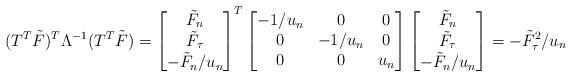
LaTeX: \begin{align*}(T^T \tilde F)^T \Lambda^{-1} (T^T \tilde F)= \begin{bmatrix}\tilde F_n\\\tilde F_{\tau} \\- \tilde F_n/u_n\end{bmatrix}^T\begin{bmatrix}-1/u_n& 0 & 0 \\ 0 & -1/u_n & 0 \\ 0 &0 & u_n\end{bmatrix}\begin{bmatrix}\tilde F_n\\\tilde F_{\tau} \\- \tilde F_n/u_n\end{bmatrix}=-\tilde F_{\tau}^2/u_n\end{align*}